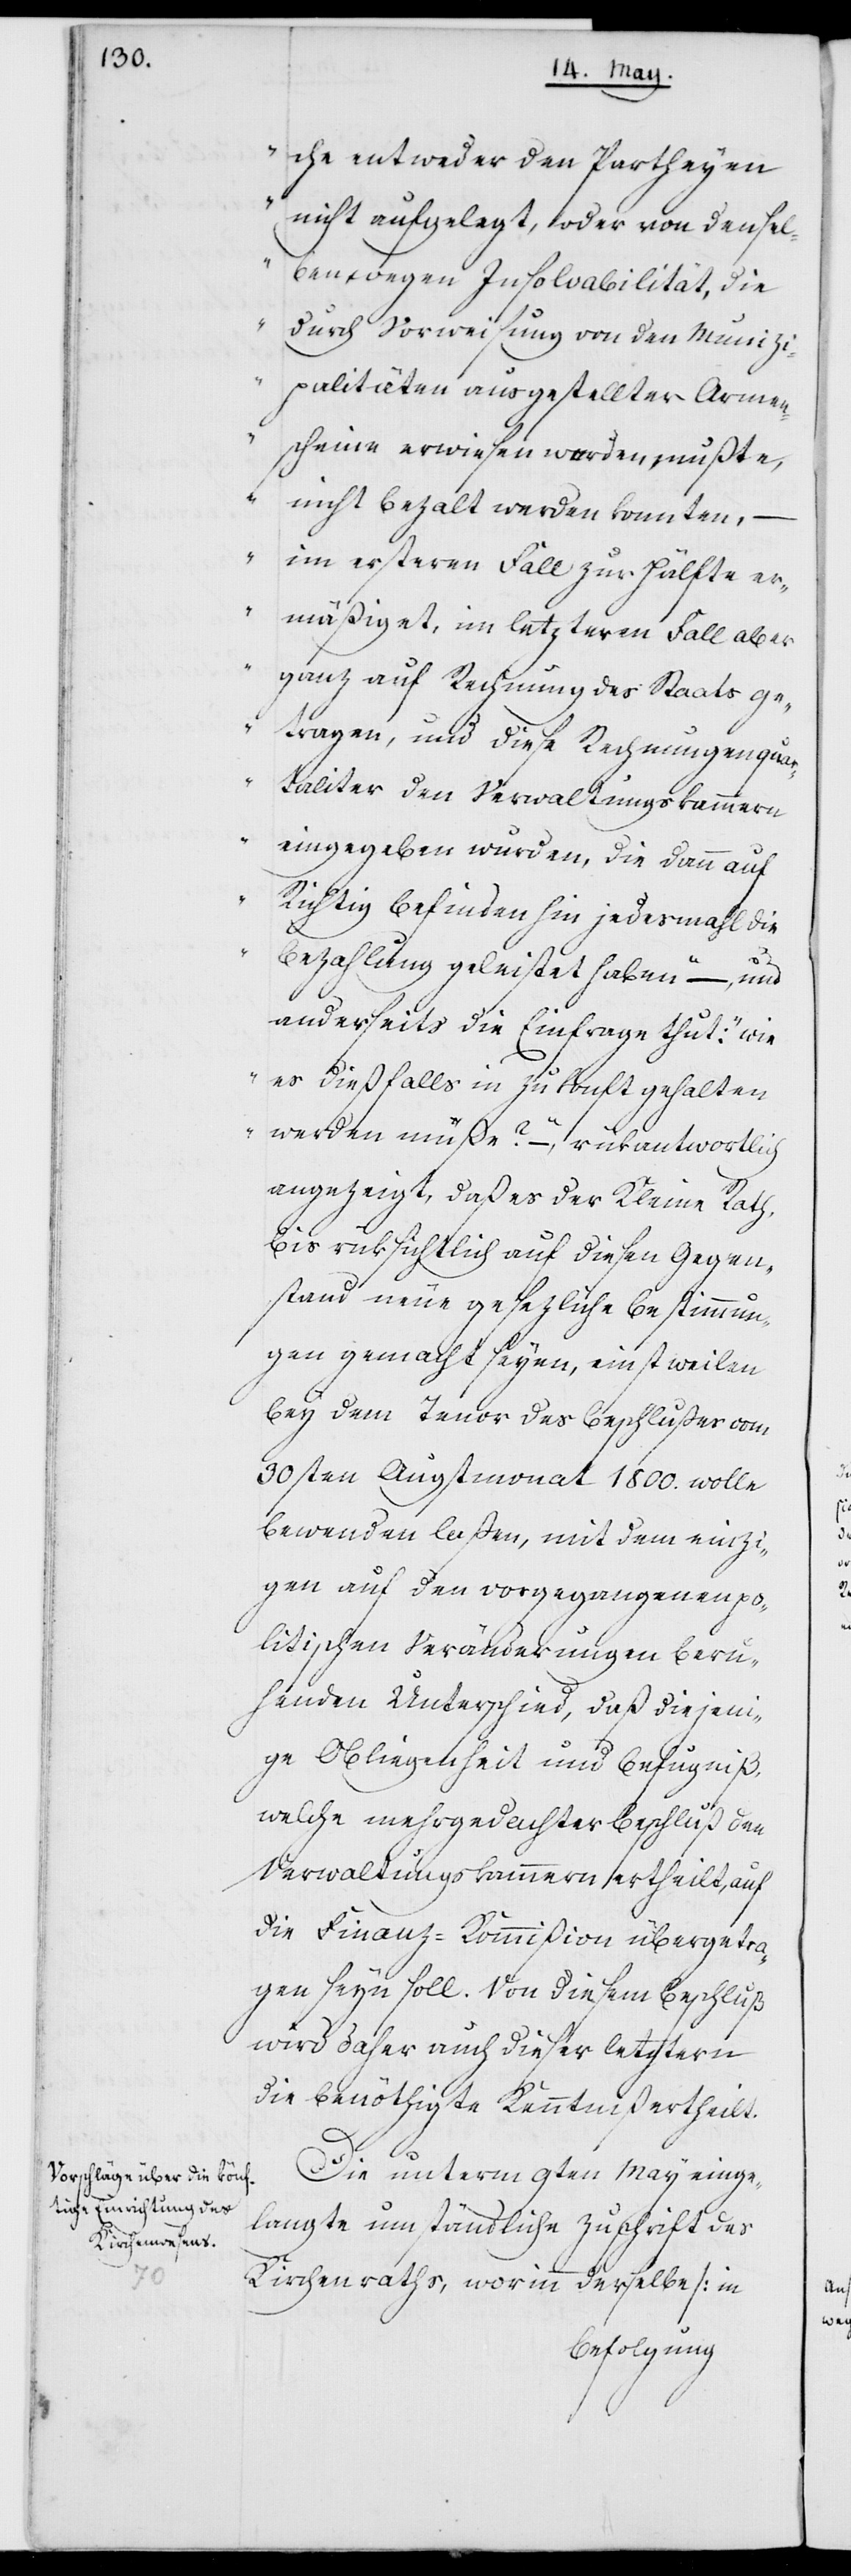
che entweder den Partheyen
nicht aufgelegt, oder von densel¬
ben wegen Insolvabilität, die
durch Vorweisung von den Munizi¬
palitäten ausgestellter Armen¬
scheine erwiesen werden mußte,
nicht bezalt werden konnten, –
im ersteren Fall zur Hälfte er¬
mäßiget, im letzteren Fall aber
ganz auf Rechnung des Staats ge¬
tragen, und diese Rechnungen quart¬
aliter den Verwaltungskammern
eingegeben wurden, die dann auf
Richtig befinden hin jedesmahl die
Bezahlung geleistet haben“ –, und
anderseits die Einfrage thut: „wie
es dießfalls in Zukonft gehalten
werden müße?“ –, rükantwortlich
angezeigt, daß es der Kleine Rath,
bis rüksichtlich auf diesen Gegen¬
stand neue gesezliche Bestimmun¬
gen gemacht seyen, einstweilen
bey dem Tenor des Beschlußes vom
30sten Augstmonat 1800. wolle
bewenden laßen, mit dem einzi¬
gen auf den vorgegangenen po¬
litischen Veränderungen beru¬
henden Unterschied, daß diejeni¬
ge Obliegenheit und Befugniß,
welche mehrgedachter Beschluß den
Verwaltungskammern ertheilt, auf
die Finanz-Kommißion übergetra¬
gen seyn soll. Von diesem Beschluß
wird daher auch dieser letztern
die benöthigte Kenntniß ertheilt.
Die unterm 9ten May einge¬
langte umständliche Zuschrift des
Kirchenraths, worinn derselbe (in
Befolgung